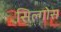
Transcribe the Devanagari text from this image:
सिल्गोस